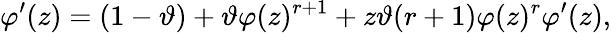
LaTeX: \varphi^{\prime}(z)=(1-\vartheta)+\vartheta\varphi(z)^{r+1}+z\vartheta(r+1)\varphi(z)^{r}\varphi^{\prime}(z),